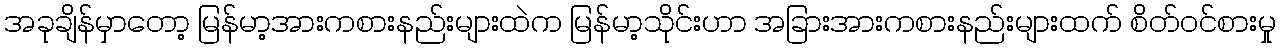
အခုချိန်မှာတော့ မြန်မာ့အားကစားနည်းများထဲက မြန်မာ့သိုင်းဟာ အခြားအားကစားနည်းများထက် စိတ်ဝင်စားမှု